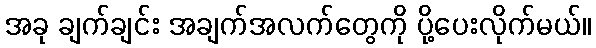
အခု ချက်ချင်း အချက်အလက်တွေကို ပို့ပေးလိုက်မယ်။